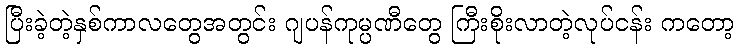
ပြီးခဲ့တဲ့နှစ်ကာလတွေအတွင်း ဂျပန်ကုမ္ပဏီတွေ ကြီးစိုးလာတဲ့လုပ်ငန်း ကတော့